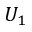
U _ { 1 }